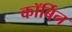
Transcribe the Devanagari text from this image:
कॉर्बिन